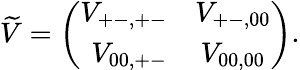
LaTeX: \widetilde V=\left(\begin{array}{rc}{{V_{+-,+-}}}&{{V_{+-,00}}}\\ {{V_{00,+-}}}&{{V_{00,00}}}\end{array}\right).